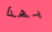
بهذا